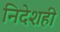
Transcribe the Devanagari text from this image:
निदेशही